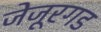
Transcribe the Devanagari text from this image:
जेजूरगड